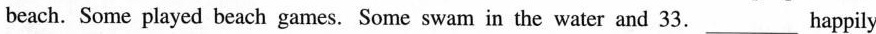
beach. Some played beach games. Some swam in the water and 33.___Happily